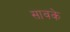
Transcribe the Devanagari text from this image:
सावके